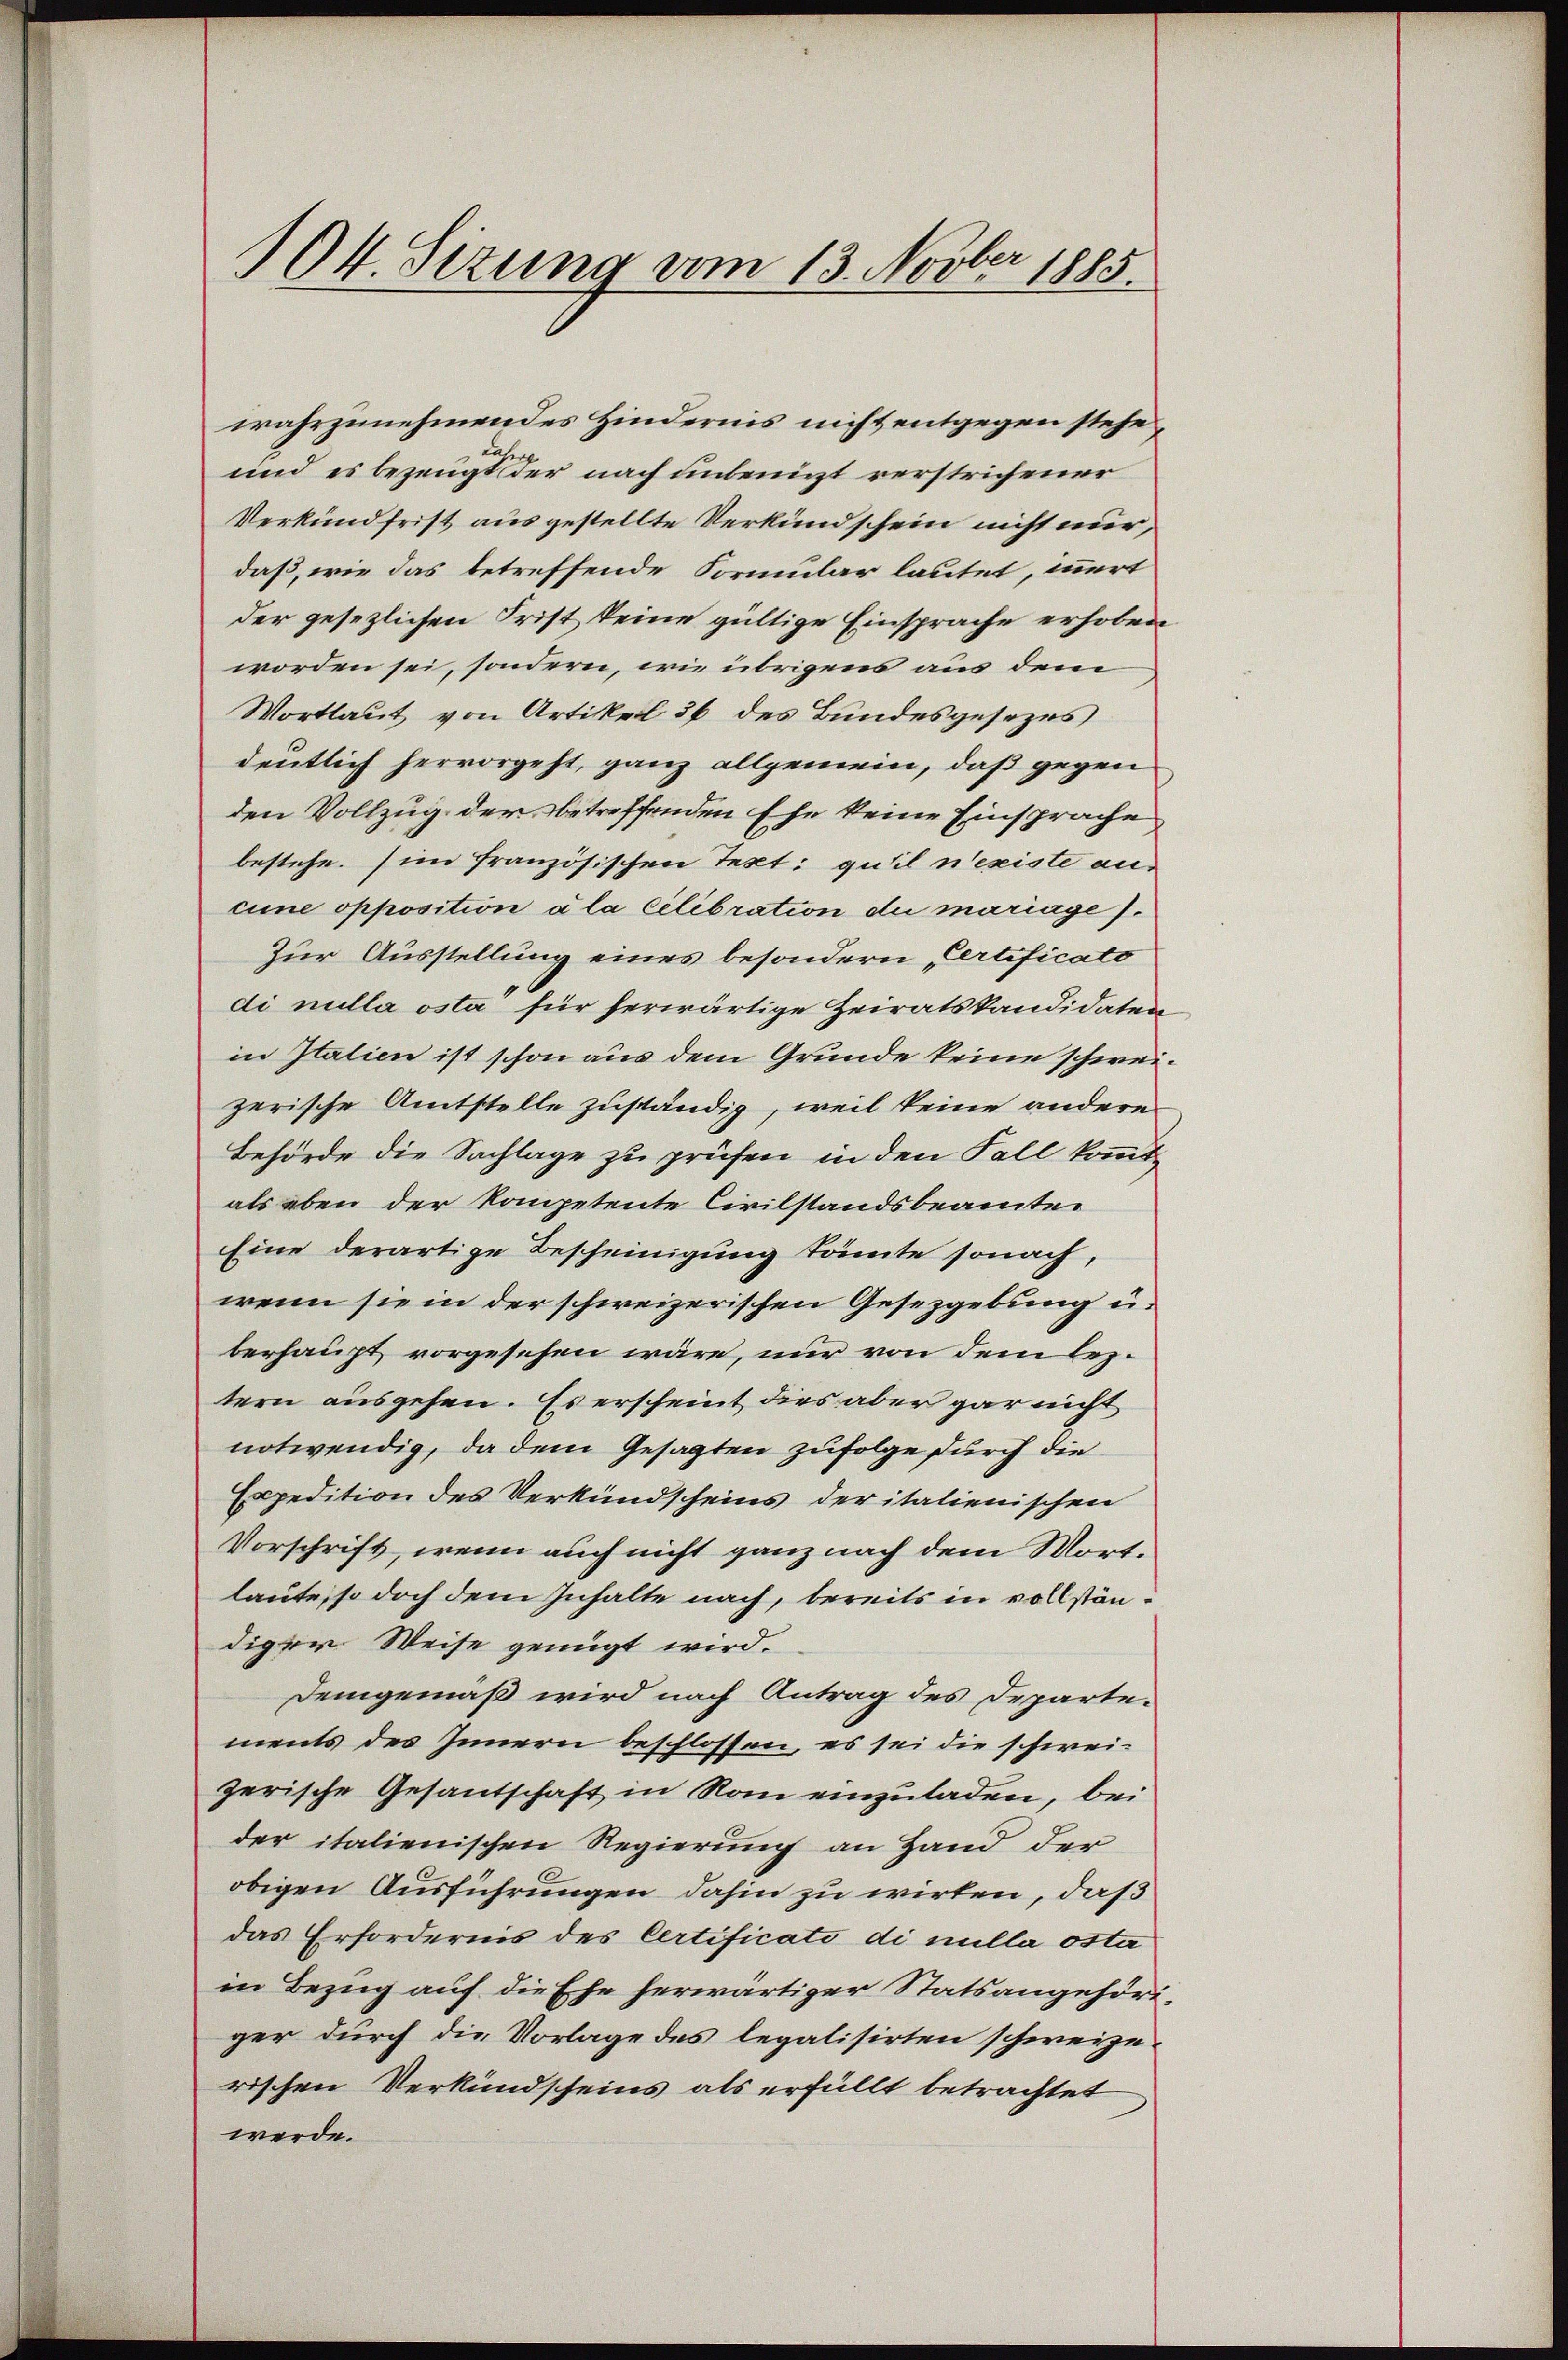
104. Sizung vom 13. Novber 1885.

wahrzunehmendes Hindernis nicht entgegen stehe,
und es bezeugt der nach unbenuzt verstrichener
Verkundfrist ausgestellte Verkundschein nicht nur,
daß, wie das betreffende Formular lautet, innert
der gesezlichen Frist keine gültige Einsprache erhoben
worden sei, sondern, wie übrigens aus dem
Wortlaut von Artikel 36 des Bundesgesezes
dentlich hervorgeht, ganz allgemein, daß gegen
den Vollzug der betreffenden Ehe keine Einsprache
bestehe. in französischen Text: gutil n’existe aus
cune opposition à la célébration du mariage).
Zur Ausstellung eines besondern „Certificato
di nulla osta für herwärtige Heiratskandidaten
in Italien ist schon aus dem Grunde keine schweizerische Amtstelle zuständig, weil keine andere
Behörde die Sachlage zu prüfen in den Fall kommt
als eben der Kompetente Civilstandsbeamtei
Eine derartige Bescheinigung könte sonach,
wenn sie in der schweizerischen Gesetzgebung u.
berhaupt vorgesehen wäre, nur von dem leztern ausgehen. Es erscheint dies aber gar nicht
notwendig, da dem Gesagten zufolge durch die
Expedition des Verkündscheins der italienischen
Vorschrift, wenn auch nicht ganz nach dem Wort.
laute, so doch dem Inhalte nach, bereits in vollständiger Weise genügt wird.
Demgemäß wird nach Antrag des Departements des Innern beschlossen, es sei die schweizerische Gesantschaft in Rom einzuladen, bei
der italienischen Regierung an Hand der
obigen Ausführungen dahin zu wirten, daß
das Erfordernis des Certificati di nulla osta
in Bezug auf die Ehe herwärtiger Statsangehöriger durch die Vorlage des legalisirten schweizerischen Verkundscheins als erfüllt betrachtet
werde.